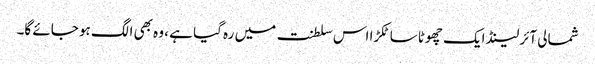
شمالی آئرلینڈ ایک چھوٹا سا ٹکڑا اس سلطنت میں رہ گیا ہے ، وہ بھی الگ ہو جائے گا۔